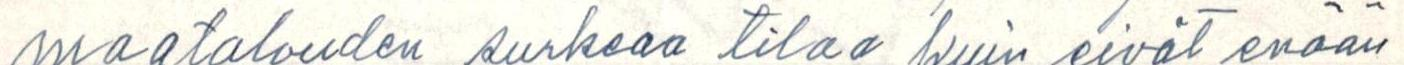
maatalouden surkeaa tilaa kuin eivät enään